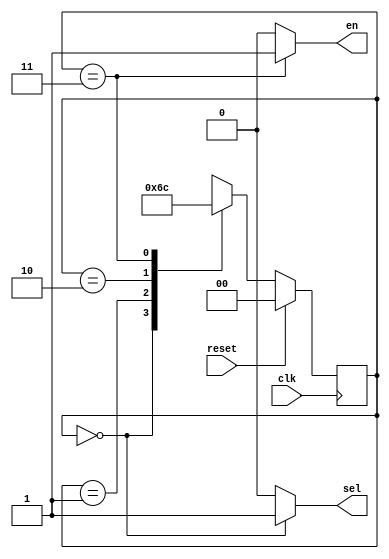
`timescale 1ns / 1ps

module acc_FSM(
    input clk,
    input reset, 
    output sel,
    output en
    );
    
    reg [1:0] n_state, c_state;
    parameter s1 = 2'b00;
    parameter s2 = 2'b01;
    parameter s3 = 2'b10;
    parameter s4 = 2'b11;
    
    always @(posedge clk) begin
     if(reset)
        c_state = s1;
     else
        c_state = n_state;
     end
    
    always @(c_state) begin
        case(c_state)
         s1:n_state = s2;
         s2:n_state = s3;
         s3:n_state = s4;
         s4:n_state = s1;
        endcase
     end 
     
     assign sel = (c_state == s1)? 1'b1 : 1'b0;
     assign en = (c_state == s4)? 1'b1 : 1'b0;
    
endmodule